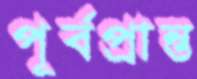
পূর্বপ্রান্ত